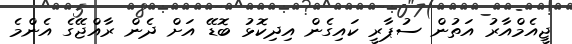
ޖީއެމްއާރު އަތުން ސުޕާރީ ކައިގެން އިދިކޮޅު ބޮޑޭ އަށް ދެން ރާއްޖޭގެ އެންމެ